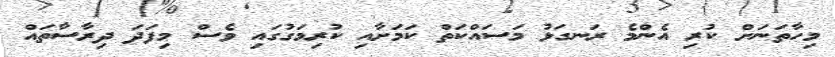
މިހާތަނަށް ކުރި އެންމެ ރަނގަޅު މަސައްކަތް ކަމަށާއި ކުރިމަގުގައި ވެސް މިފަދަ ދިރާސާތައް